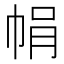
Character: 𢂱